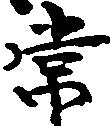
常